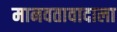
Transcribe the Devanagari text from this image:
मानवतावादाला